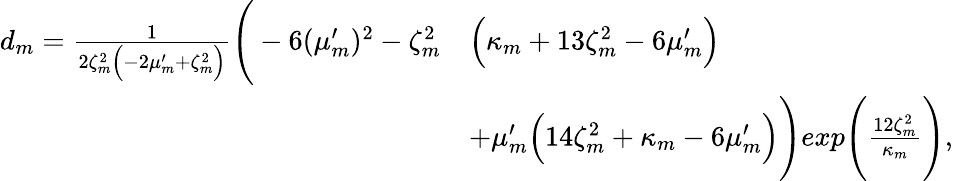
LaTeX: \begin{array}{rl}{d_{m}=\frac{1}{2\zeta_{m}^{2}\Big(-2\mu_{m}^{\prime}+\zeta_{m}^{2}\Big)}\Bigg(-6(\mu_{m}^{\prime})^{2}-\zeta_{m}^{2}}&{\Big(\kappa_{m}+13\zeta_{m}^{2}-6\mu_{m}^{\prime}\Big)}\\ &{+\mu_{m}^{\prime}\Big(14\zeta_{m}^{2}+\kappa_{m}-6\mu_{m}^{\prime}\Big)\Bigg)exp\Bigg(\frac{12\zeta_{m}^{2}}{\kappa_{m}}\Bigg),}\end{array}